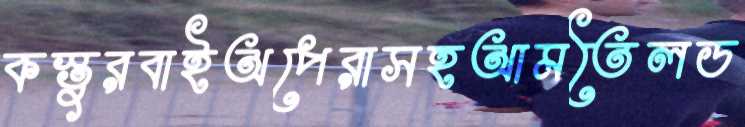
কস্তুরবাইঅপেরাসহআমতৈলড